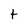
Character: t